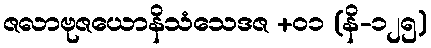
ဇလာဗုဇယောနိသံသေဒဇ +၀၁ (နိ-၁၂၅)